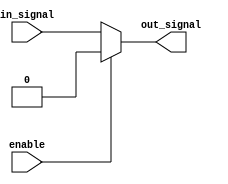
module ActiveLowBuffer (
    input wire in_signal,
    input wire enable,
    output reg out_signal
);

always @(*) begin
    if (enable == 1'b0) begin
        out_signal = in_signal;
    end else begin
        out_signal = 1'b0;
    end
end

endmodule